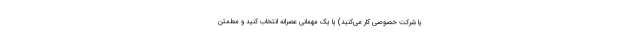
یا شرکت خصوصی کار می‌کنید) یا یک مهمانی عصرانه انتخاب کنید و مطمئن